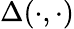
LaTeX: \Delta(\cdot,\cdot)